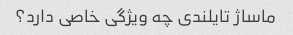
ماساژ تایلندی چه ویژگی خاصی دارد؟